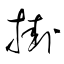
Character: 挂